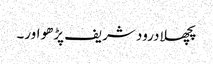
پچھلا درود شریف پڑھو اور۔